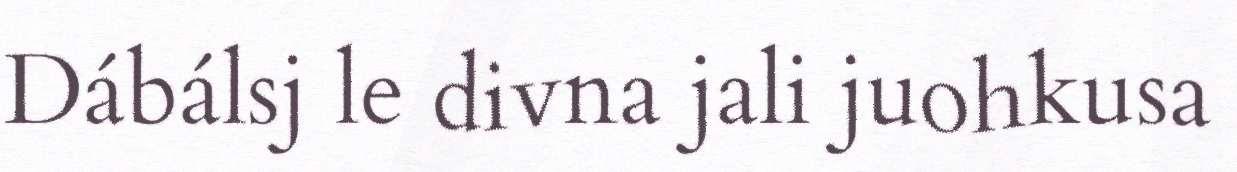
Dábálsj le divna jali juohkusa